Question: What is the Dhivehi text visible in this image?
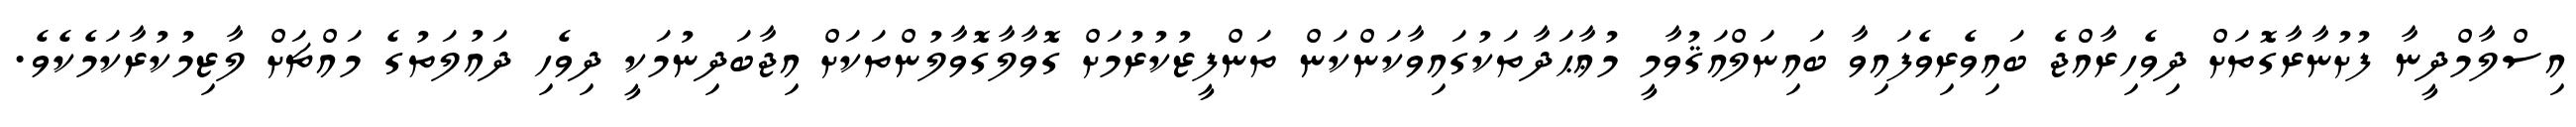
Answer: އިސްލާމްދީނާ ފުށުނާރާގޮތަށް ދިވެހިރާއްޖެ ބައިވެރިވެފައިވާ ބައިނަލްއަޤުވާމީ މުޢާޙަދާތަކުގައިވާކަންކަން ތަންފީޒުކުރުމަށް ގޮވާލާގޮވާލުންތަކަށް އިޖާބަދިނުމަކީ ދިވެހި ދައުލަތުގެ މައްޗަށް ލާޒިމުކުރާކަމެކެވެ.